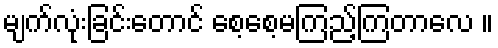
မျက်လုံးခြင်းတောင် စေ့စေ့မကြည့်ကြတာလေ ။